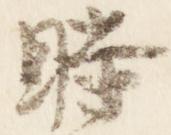
時